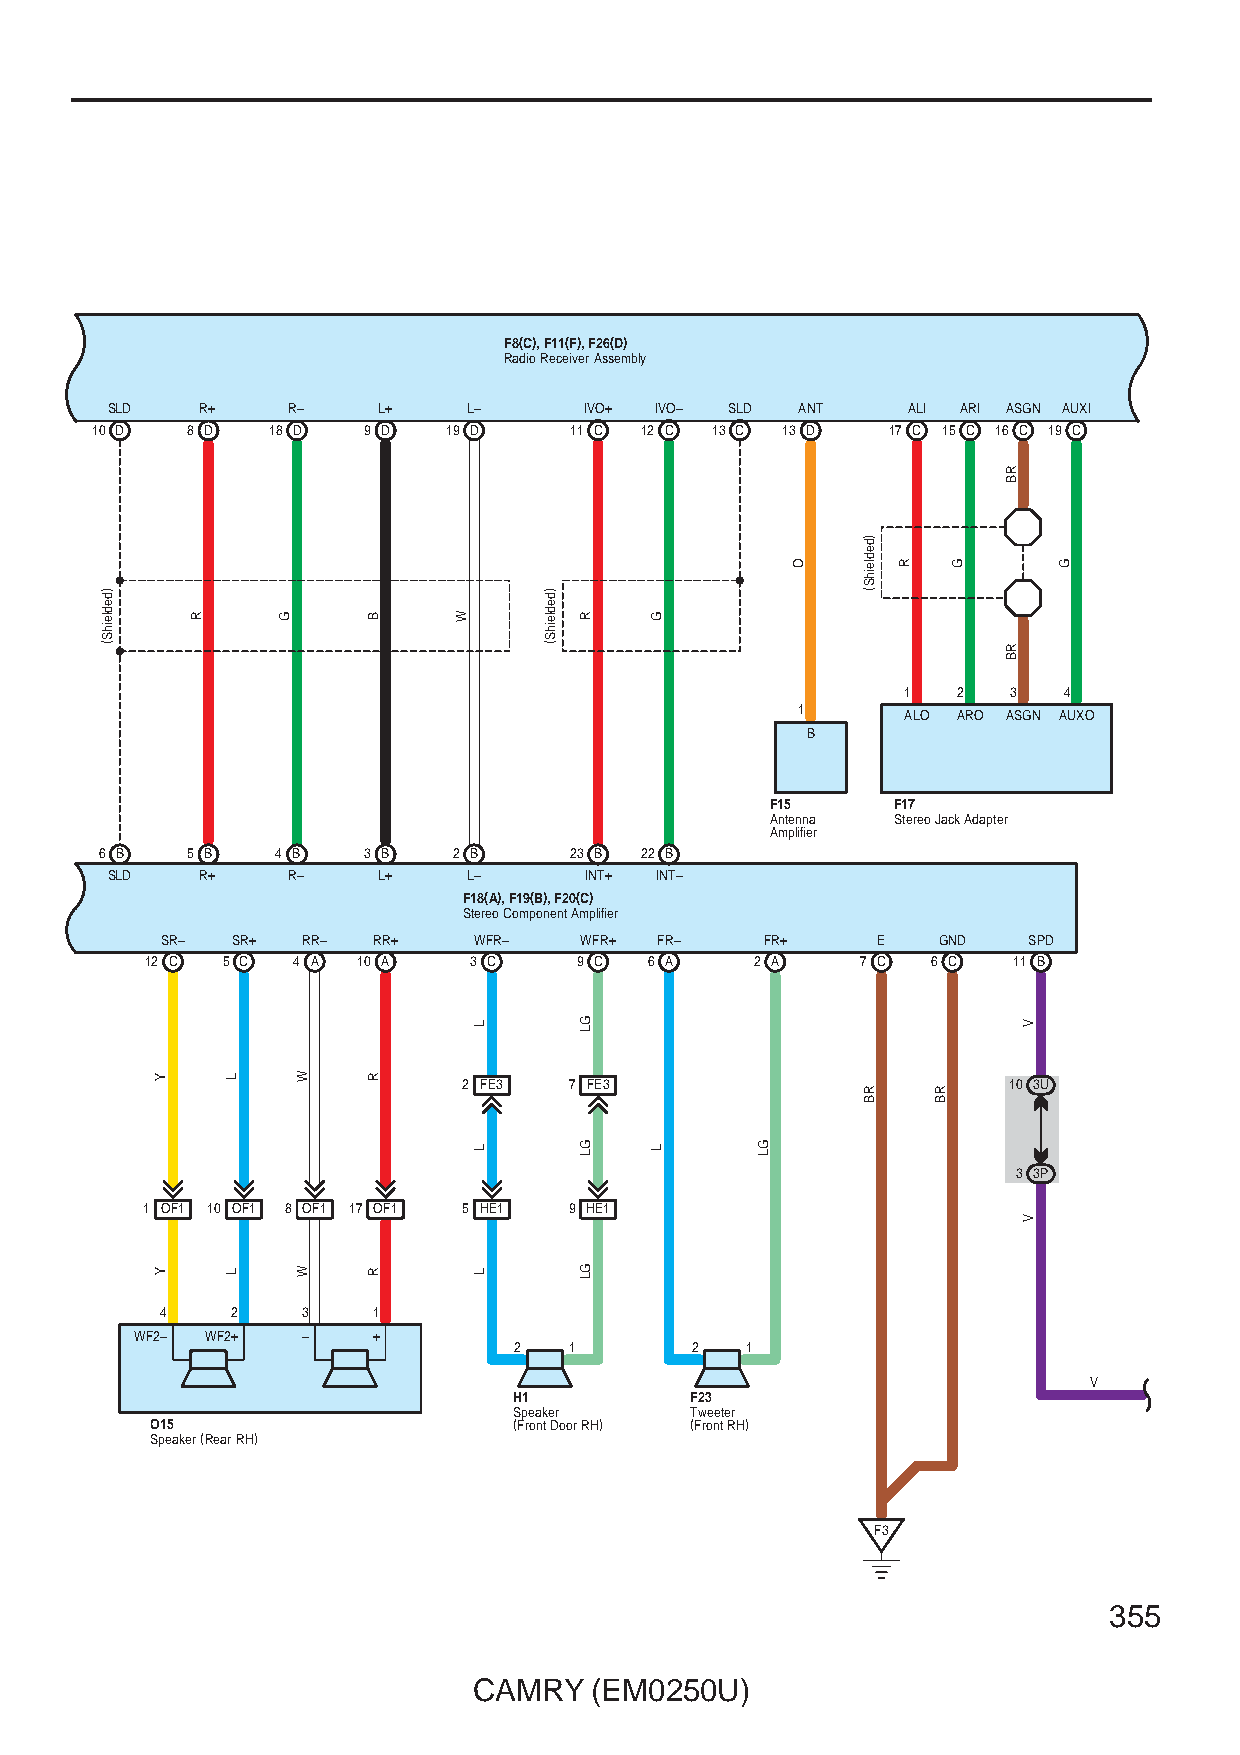
F8(C), F11(F), F26(D)
 Radio Receiver Assembly
 SLD   R+    R–    L+    L–      IVO+ IVO– SLD ANT    ALI ARI ASGN AUXI
 10 D  8 D   18 D  9 D   19 D    11 C 12 C 13 C 13 D  17 C 15 C 16 C 19 C
 1  2   3  4
 1      ALO ARO ASGN AUXO
 B
 F15     F17
 Antenna Stereo Jack Adapter
 Amplifier
 6 B  5 B   4 B   3 B   2 B     23 B 22 B
 SLD   R+    R–    L+    L–      INT+ INT–
 F18(A), F19(B), F20(C)
 Stereo Component Amplifier
 SR– SR+  RR–  RR+   WFR–   WFR+  FR–    FR+    E   GND   SPD
 12 C 5 C 4 A  10 A   3 C    9 C  6 A    2 A    7 C  6 C  11 B
 2 FE3  7 FE3                        10 3U
 3 3P
 1 OF1 10 OF1 8 OF1 17 OF1 5 HE1 9 HE1
 4   2    3    1
 WF2– WF2+  –    +
 2   1       2  1
 V
 H1          F23
 Speaker     Tweeter
 O15                     (Front Door RH) (Front RH)
 Speaker (Rear RH)
 F3
 355
 CAMRY   (EM0250U)
 )dedleihS(
 Y
 Y
 R
 L
 L
 G
 W
 W
 B
 R
 R
 W
 L
 L
 L
 )dedleihS(
 R
 GL
 GL
 GL
 G
 L      GL
 O
 )dedleihS(
 RB
 R
 RB
 G
 RB
 RB
 V
 V
 G